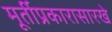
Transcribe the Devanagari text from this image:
मूर्तीप्रकारासारखे